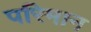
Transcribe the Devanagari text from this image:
परिमान